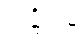
သဋ္ဌိကမှိ